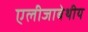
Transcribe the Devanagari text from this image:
एलीजाबेथीय